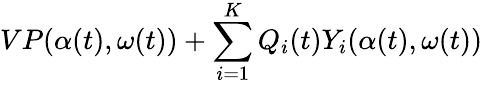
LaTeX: VP(\alpha(t),\omega(t))+\sum_{i=1}^{K}Q_{i}(t)Y_{i}(\alpha(t),\omega(t))